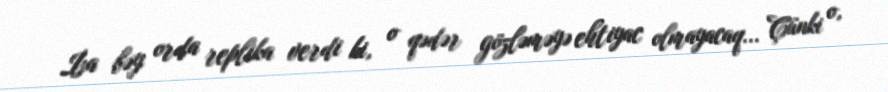
İsa bəy orda replika verdi ki, o qədər gözləməyə ehtiyac olmayacaq... Çünki o,